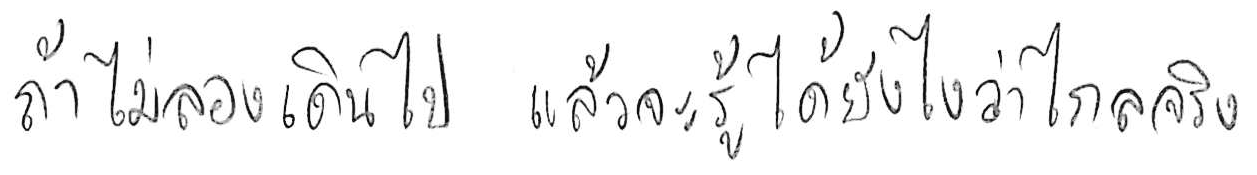
ถ้าไม่ลองเดินไป แล้วจะรู้ได้ยังไงว่าไกลจริง